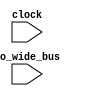
/* EXPECTED-FAILURE: Too many top-level pins

   We want to see that we're getting the correct error messages here, there's no
   way this can work.
*/
module LargePinCount(input clock, input [10000:0] io_wide_bus);
  reg reduce_it;
  assign reduced = reduce_it;
  always @(posedge clock) begin
    reduce_it = |io_wide_bus;
  end
endmodule